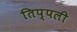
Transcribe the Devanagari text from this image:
तिप्पली